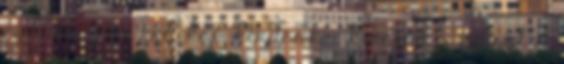
ezekre a -nem mellékes- kérdésekre keressük a választ. A